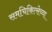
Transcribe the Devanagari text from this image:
समचिकित्सेच्या